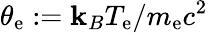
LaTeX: \theta_{\mathrm{e}}:=\mathbf{k}_{B}T_{\mathrm{e}}/m_{\mathrm{e}}c^{2}